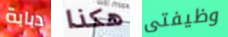
دبابة هكذا وظيفتى